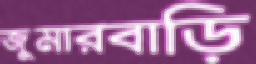
জুমারবাড়ি